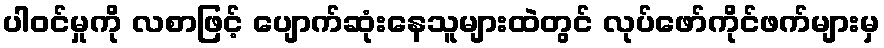
ပါဝင်မှုကို လစာဖြင့် ပျောက်ဆုံးနေသူများထဲတွင် လုပ်ဖော်ကိုင်ဖက်များမှ